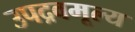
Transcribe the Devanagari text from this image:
उपद्रवमूल्य